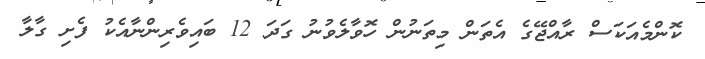
ކޮންމެއަކަސް ރާއްޖޭގެ އެތަން މިތަނުން ހޮވާލެވުނު ގަދަ 12 ބައިވެރިންނާއެކު ފެށި ގާލާ